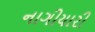
નાગીયારી